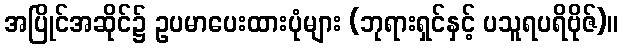
အပြိုင်အဆိုင်၌ ဥပမာပေးထားပုံများ (ဘုရားရှင်နှင့် ပသူရပရိဗိုဇ်)။